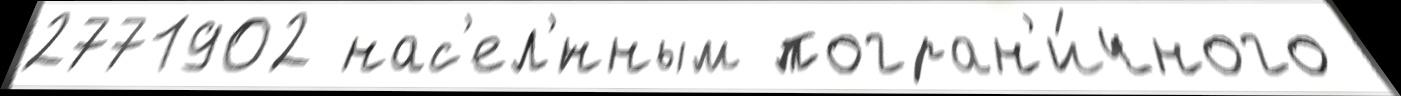
2771902 нас'ел'́нным погран'и́чного